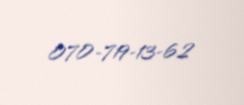
070-719-13-62